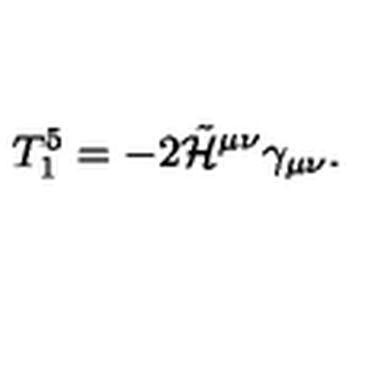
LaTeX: T _ { 1 } ^ { 5 } = - 2 \tilde { \cal H } ^ { \mu \nu } \gamma _ { \mu \nu } .